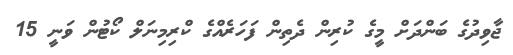
ޖާވިދުގެ ބަންދަށް މީގެ ކުރިން ދެތިން ފަހަރެއްގެ ކްރިމިނަލް ކޯޓުން ވަނީ 15